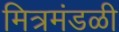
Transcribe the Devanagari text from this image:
मित्रमंडळी